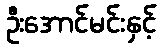
ဦးအောင်မင်းနှင့်